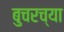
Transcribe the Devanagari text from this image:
बुचरच्या